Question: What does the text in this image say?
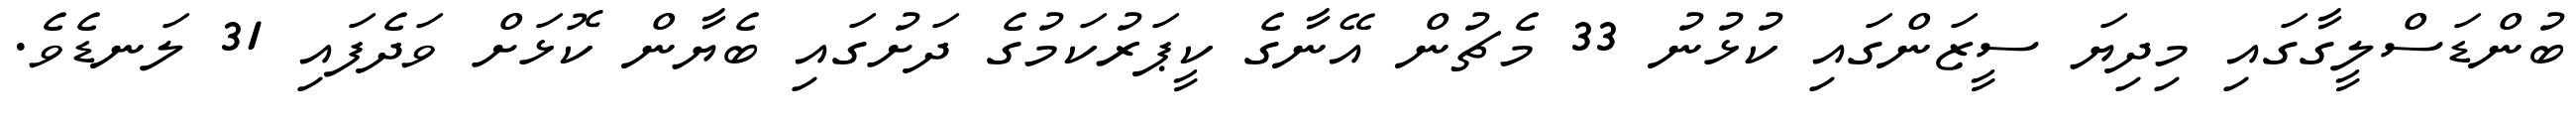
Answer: ބުންޑަސްލީގާގައި މިދިޔަ ސީޒަންގައި ކުޅުނު 33 މެޗުން އޭނާގެ ކީޕަރުކަމުގެ ދަށުގައި ބެޔާން ކޮޅަށް ވަދެފައި 31 ލަނޑެވެ.